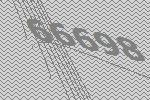
66698